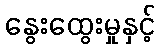
နွေးထွေးမှုနှင့်